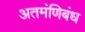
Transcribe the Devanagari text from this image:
अतमंणिबंध